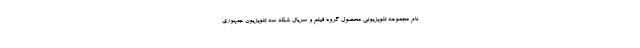
نام مجموعه تلویزیونی محصول گروه فیلم و سریال شبکه سه تلویزیون جمهوری